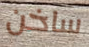
ساخن